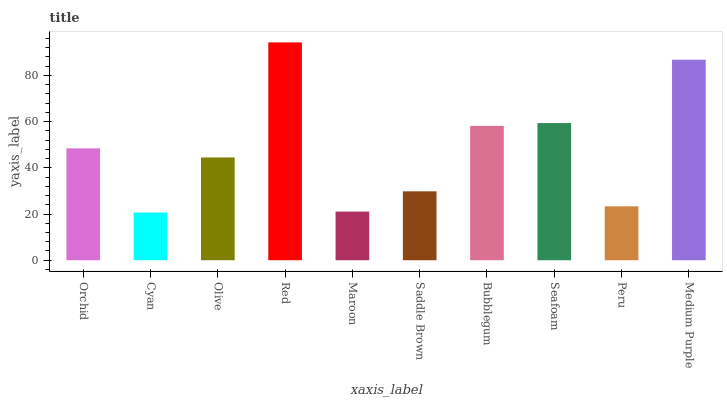
| xaxis_label | bars |
 | --- | --- |
 | Orchid | 48.4 |
 | Cyan | 20.7 |
 | Olive | 44.5 |
 | Red | 94.3 |
 | Maroon | 21.1 |
 | Saddle Brown | 29.8 |
 | Bubblegum | 58.2 |
 | Seafoam | 59.4 |
 | Peru | 23.3 |
 | Medium Purple | 86.8 |